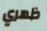
ظهري